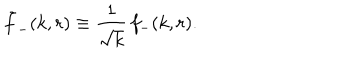
LaTeX: \tilde { f } _ { - } ( k , r ) \equiv { \frac { 1 } { \sqrt { k } } } \, f _ { - } ( k , r ) .